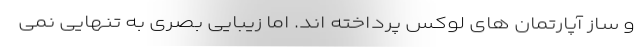
و ساز آپارتمان های لوکس پرداخته اند. اما زیبایی بصری به تنهایی نمی